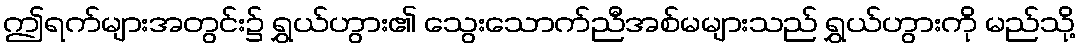
ဤရက်များအတွင်း၌ ရွှယ်ဟွား၏ သွေးသောက်ညီအစ်မများသည် ရွှယ်ဟွားကို မည်သို့